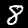
Label: 8